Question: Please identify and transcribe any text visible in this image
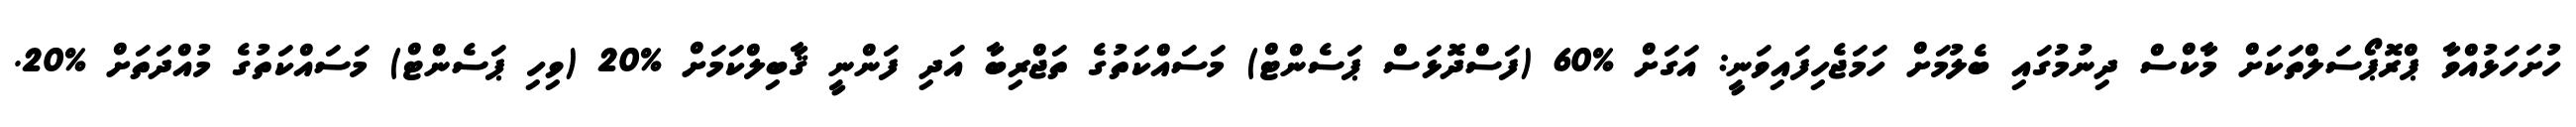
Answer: ހުށަހަޅުއްވާ ޕްރޮޕޯސަލްތަކަށް މާކްސް ދިނުމުގައި ބެލުމަށް ހަމަޖެހިފައިވަނީ: އަގަށް %60 (ފަސްދޮޅަސް ޕަސެންޓް) މަސައްކަތުގެ ތަޖްރިބާ އަދި ފަންނީ ޤާބިލްކަމަށް %20 (ވިހި ޕަސެންޓް) މަސައްކަތުގެ މުއްދަތަށް %20.